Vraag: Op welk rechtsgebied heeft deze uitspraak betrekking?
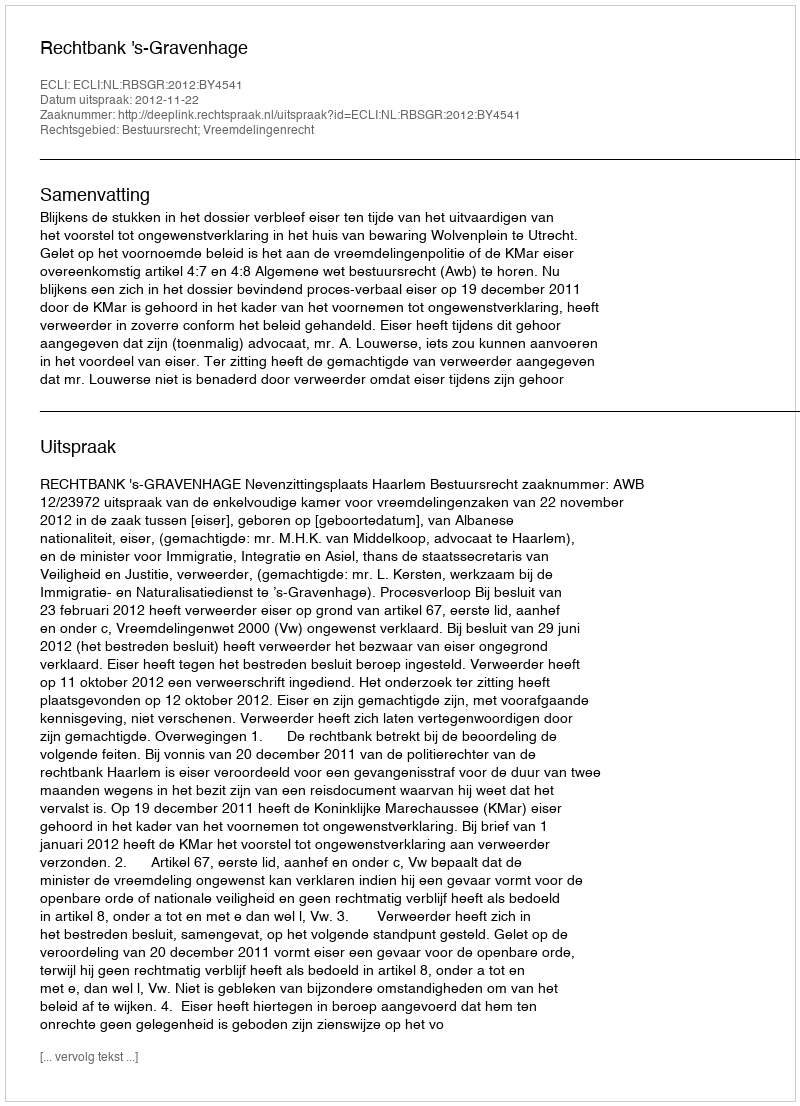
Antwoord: Bestuursrecht; Vreemdelingenrecht